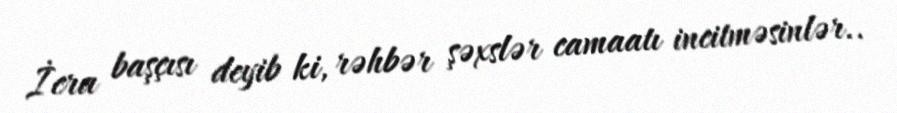
İcra başçısı deyib ki, rəhbər şəxslər camaatı incitməsinlər..